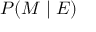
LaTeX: P ( M \mid E )